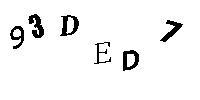
93DED7